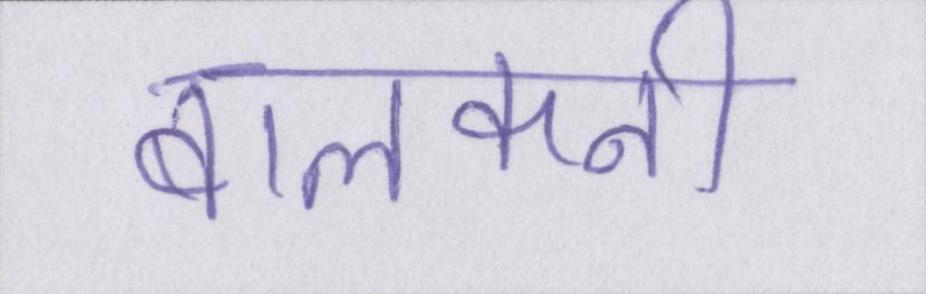
बालकनी